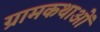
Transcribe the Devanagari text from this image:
ग्रामकथाओं